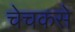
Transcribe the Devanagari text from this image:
चेचकसे